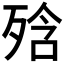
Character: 𭮕